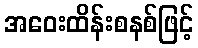
အဝေးထိန်းစနစ်ဖြင့်